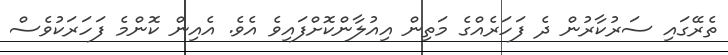
ތެރޭގައި ސަރުކާރުން ދެ ފަހަރެއްގެ މަތިން އިއުލާންކޮށްފައިވެ އެވެ. އެއިން ކޮންމެ ފަހަރަކުވެސް